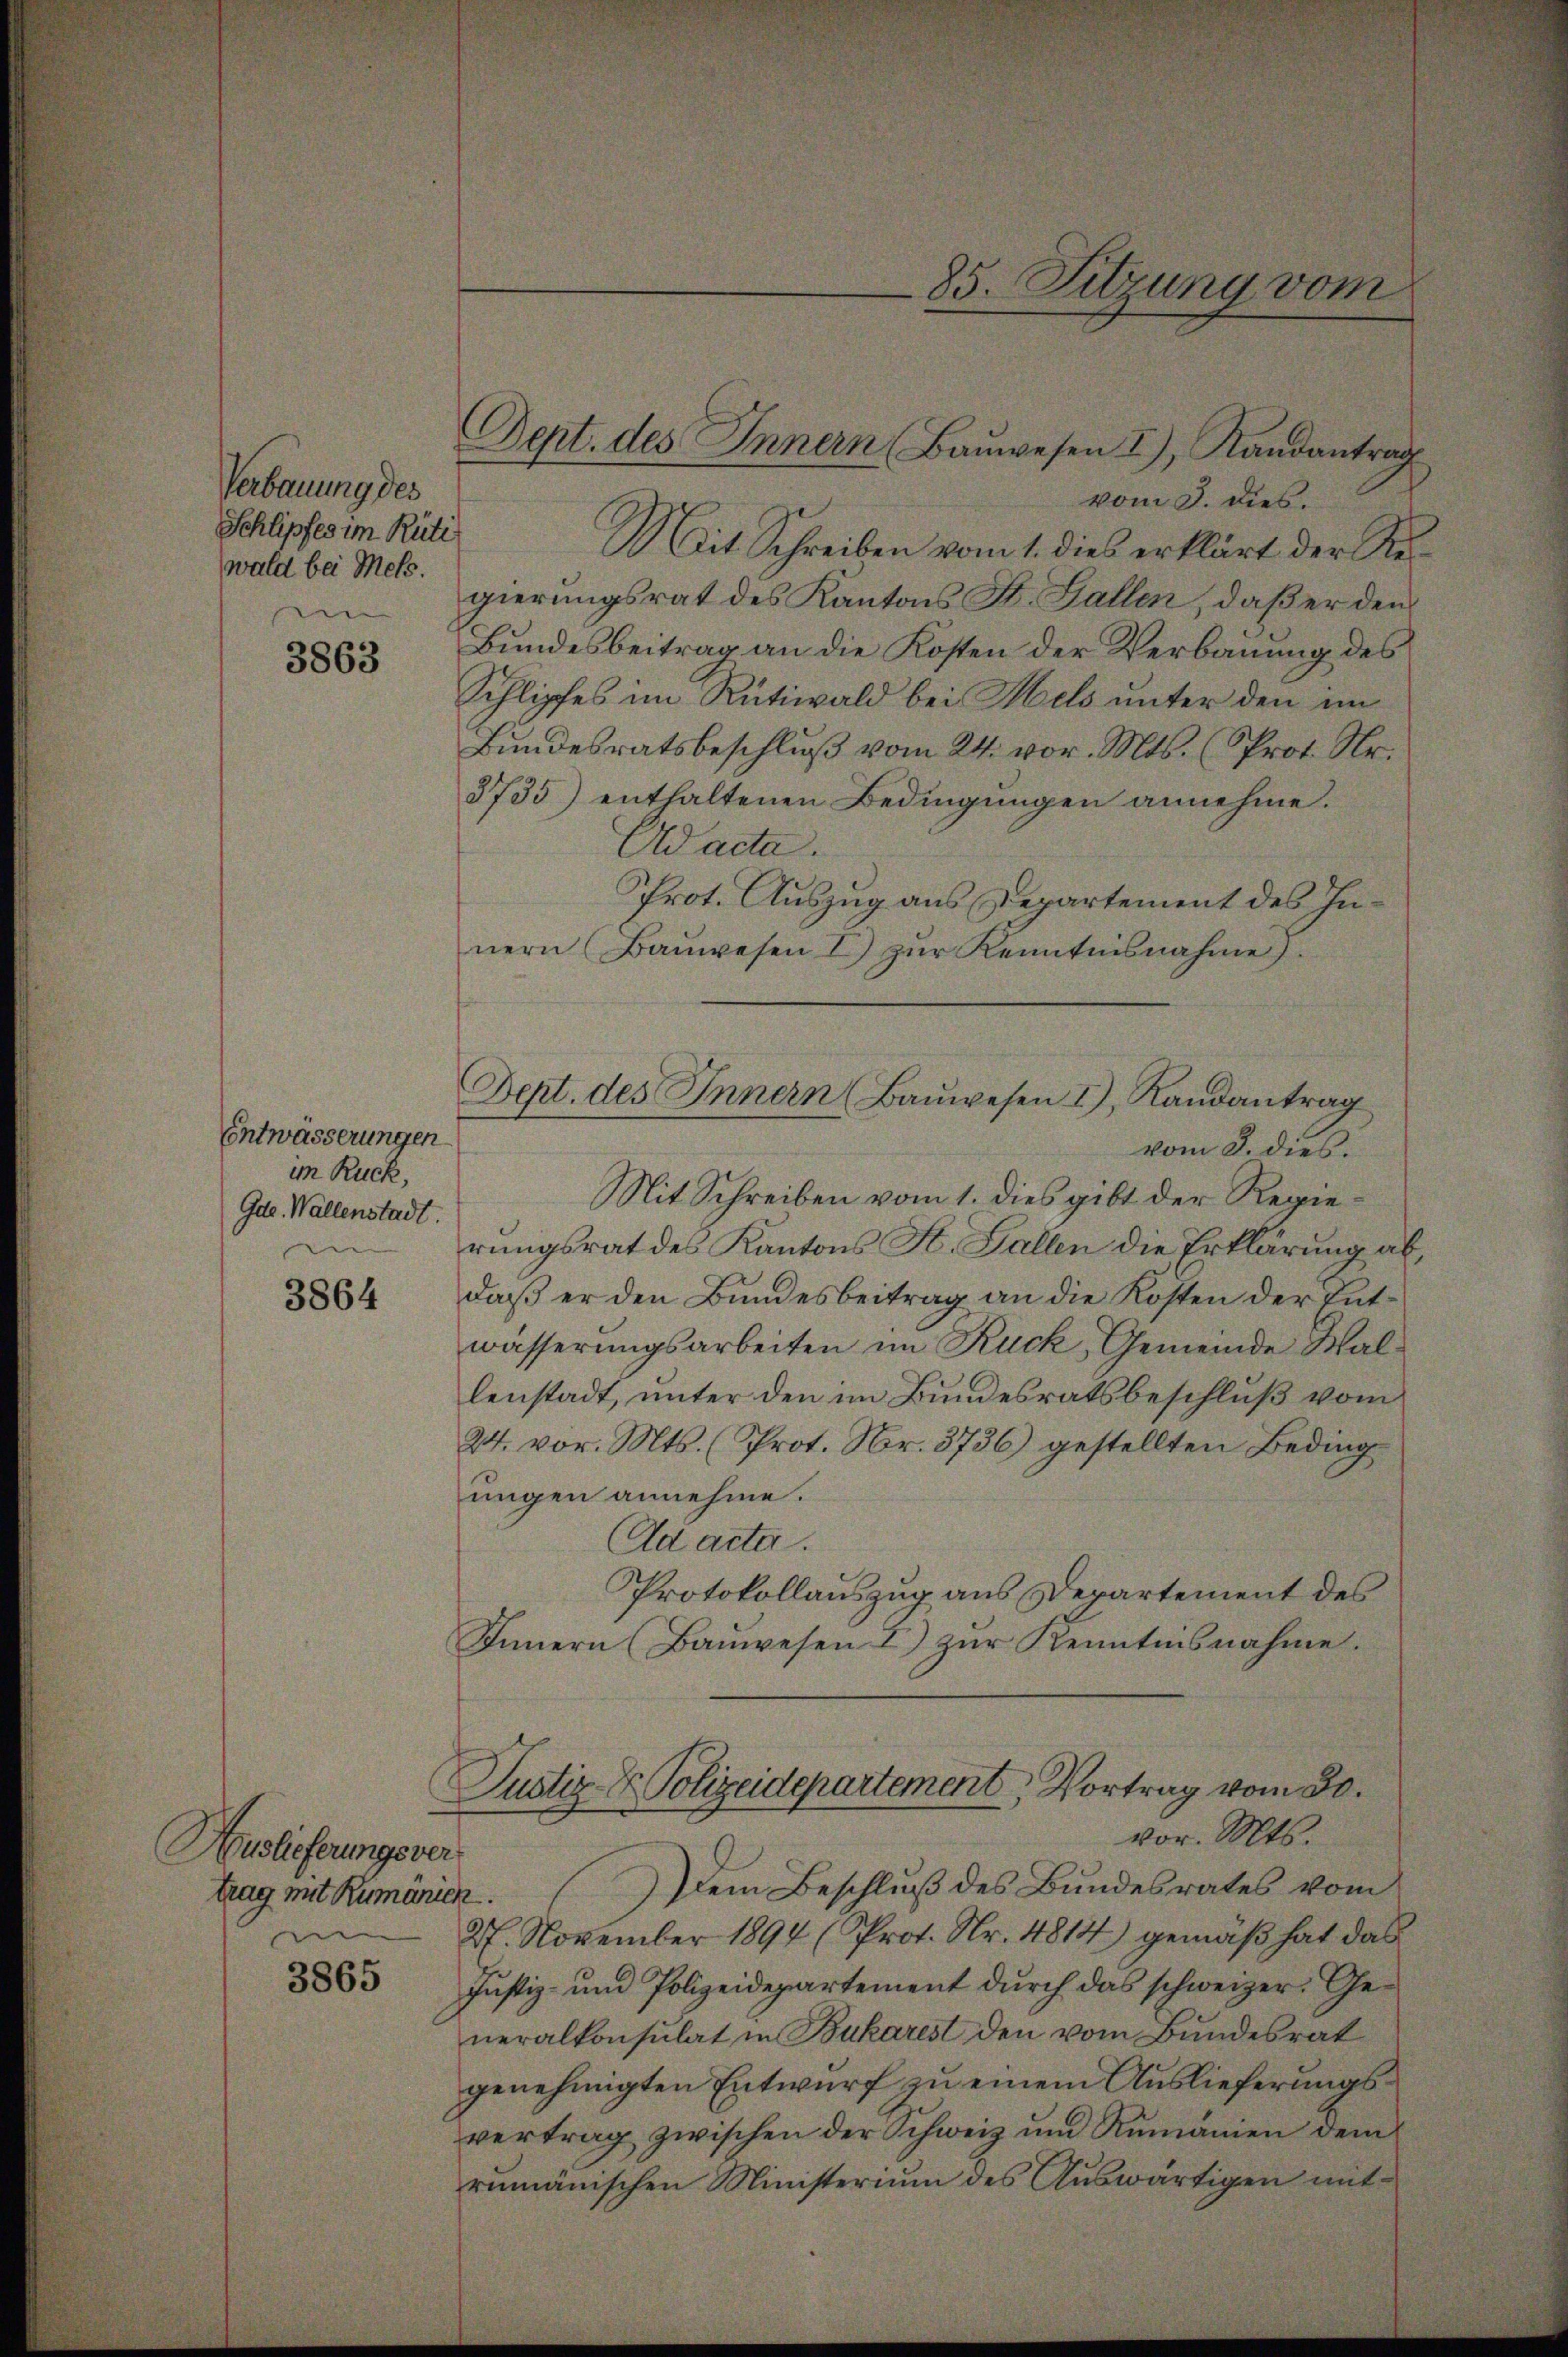
Verbauung des
Schlipfes im Rüti
wald bei Mets.

3863

Entwässerungen
im Ruck,
Gdte. Wallenstadt.
e

3864

Auslieferungsvertrag mit Rumänick.

3865

vom 3. dies
Mit Schreiben vom 1. dies erklärt der Regierungsrat des Kantons St. Gallen, daß er den
Bundesbeitrag an die Kosten der Verbauung des
Schlipfes im Rütiwald bei Mels unter den im
Bundesratsbeschlŭβ vom 24. vor. Mts. (Prot. Nr.
3735) enthaltenen Bedingŭngen annehme.
Ad acta.
Prot. Auszug aus Departement des Innern Baŭwesen I zŭr Kenntnisnahme.
Mit Schreiben vom 1. dies gibt der Regierungsrat des Kantons St. Gallen die Erklärung ab,
daß er den Bundesbeitrag an die Kosten der Entwässerungsarbeiten im Ruck, Gemeinde Wallenstadt, unter den im Bundesratsbeschluß vom
24. vor. Mts. (Prot. Nr. 3736) gestellten Beding
ungen annehme.
Ad acta.
Protokollauszug aus Departement des
Innern (Bauwesen I) zur Kenntnisnahme.
Justiz- & Polizeidepartement, Vortrag vom 30.
vor. Mts.
dem Beschluß des Bundesrates vom
27. November 1894 (Prot. Nr. 4814) gemäß hat das
Justiz- und Polizeidepartement durch das schweizer. Generalkonsulat in Bukarest den vom Bundesrat
genehmigten Entwurf zu einem Auslieferungsvertrag zwischen der Schweiz und Rumänien dem
rumanischen Ministerium des Auswärtigen mit¬

Dept. des Innern (Baŭwesen I), Randantrag

Dept. des Innern Baŭwesen I., Randantrag
vom 8. dies.

85. Sitzung vom